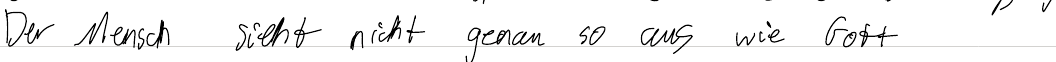
Der Mensch sieht nicht genau so aus wie Gott